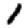
Digit: 1